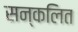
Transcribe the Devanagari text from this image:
सन्कलित